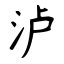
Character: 泸